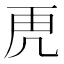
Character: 𮓙